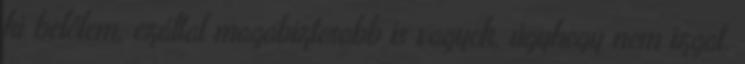
ki belőlem, ezáltal magabiztosabb is vagyok, úgyhogy nem izgat.